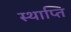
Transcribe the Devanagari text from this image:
स्थाप्ति